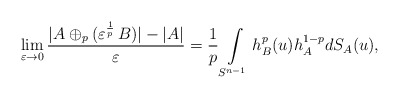
\begin{align*} \lim\limits_{\varepsilon \to 0}\frac{|A\oplus_p(\varepsilon^{\frac{1}{p}} \, B)|- |A|}{\varepsilon}= \frac{1}{p} \int\limits_{S^{n-1}} h^p_B(u)h_A^{1-p} dS_A(u),\end{align*}